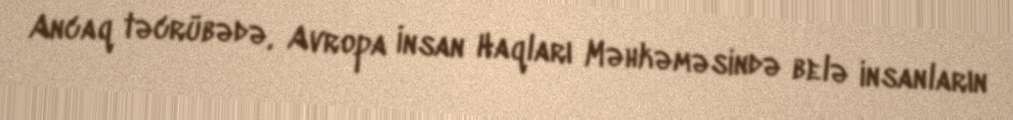
Ancaq təcrübədə, Avropa İnsan Haqları Məhkəməsində belə insanların